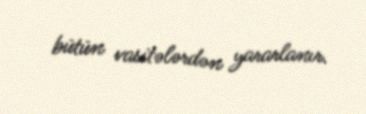
bütün vasitələrdən yararlanır.